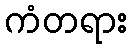
ကံတရား